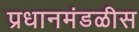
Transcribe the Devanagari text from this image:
प्रधानमंडळीस